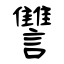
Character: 讐